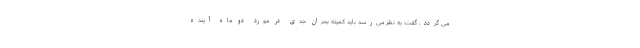
می گردد، گفت: به نظر می‌رسد باید کمیته بحران جدی در مورد دو ماه آینده